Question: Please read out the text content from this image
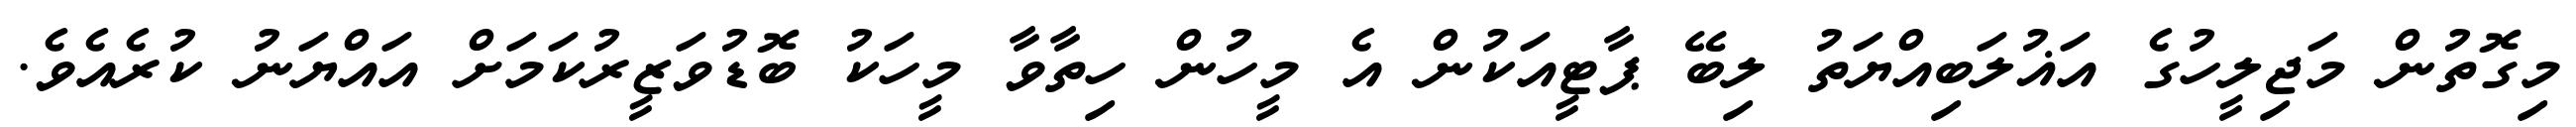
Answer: މިގޮތުން މަޖިލީހުގެ އަޣުލަބިއްޔަތު ލިބޭ ޕާޓީއަކުން އެ މީހުން ހިތާވާ މީހަކު ބޮޑުވަޒީރުކަމަށް އައްޔަނު ކުރެއެވެ.